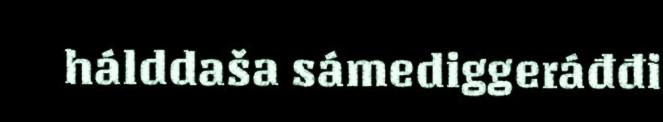
hálddaša sámediggeráđđi